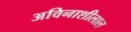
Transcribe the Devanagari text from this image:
अविनाशीलाल